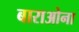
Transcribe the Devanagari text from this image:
बाराओना